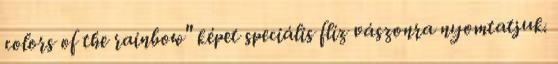
colors of the rainbow" képet speciális flíz vászonra nyomtatjuk.